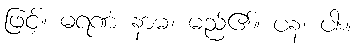
ဖြင့်။ မရဏံ နာမ၊ မည်၏။ ပန၊ ပါး။